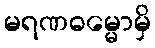
မရဏဓမ္မောမှိ